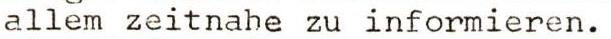
allem zeitnahe zu informieren.